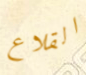
القلاع